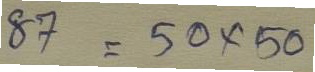
87 = 50x50